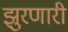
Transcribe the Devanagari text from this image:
झुरणारी